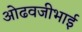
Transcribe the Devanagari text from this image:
ओढवजीभाई